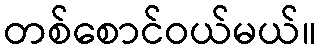
တစ်စောင်ဝယ်မယ်။